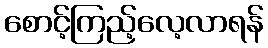
စောင့်ကြည့်လေ့လာရန်